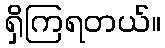
ရှိကြရတယ်။